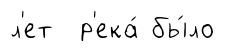
л'ет р'ека́ бы́ло